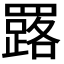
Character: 𦌕